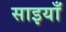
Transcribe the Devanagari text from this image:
साइयाँ